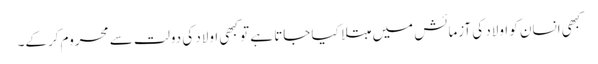
کبھی انسان کو اولاد کی آزمائش میں مبتلا کیا جاتا ہے تو کبھی اولاد کی دولت سے محروم کرکے۔